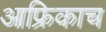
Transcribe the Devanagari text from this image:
आफ्रिकाच